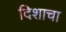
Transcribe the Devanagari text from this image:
दिशाचा